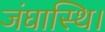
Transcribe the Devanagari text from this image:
जंघास्थि।